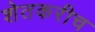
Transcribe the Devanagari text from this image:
शेतकरीच